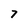
Character: 7